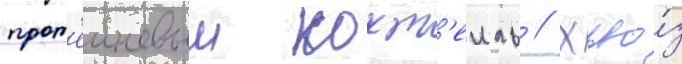
прот'еиновыи кокт'еиль // Хью́з